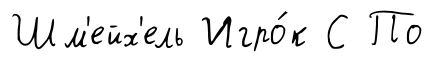
Шм'ейх'ель Игро́к С По